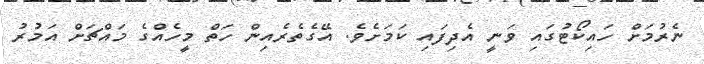
ނެރުމަށް ހައިކޯޓުގައި ވަނީ އެދިފައި ކަމަށެވެ. އޭގެތެރެއިން ހަތް މީހެއްގެ މައްޗަށް އަމުރު